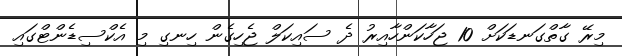
މިރޭ ގާތްގަނޑަކަށް 10 ޖަހާކަންހާއިރު ދެ ސައިކަލް ޖެހިގެން ހިނގި މި އެކްސިޑެންޓްގައި